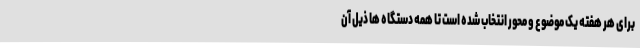
برای هر هفته یک موضوع و محور انتخاب شده است تا همه دستگاه ها ذیل آن